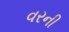
વરની